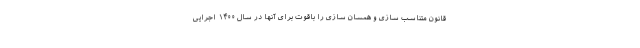
قانون متناسب سازی و همسان سازی را باقوت برای آنها در سال ۱۴۰۰ اجرایی